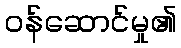
ဝန်ဆောင်မှု၏